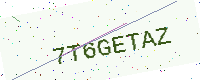
Text: 7T6GETAZ